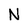
Character: N